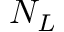
N _ { L }